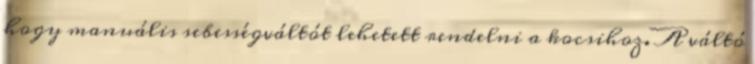
hogy manuális sebességváltót lehetett rendelni a kocsihoz. A váltó